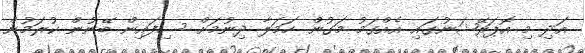
އަދި މި އޮޕަރޭޝަނުގައި އެއްގަމު މަގުން ހަމަލާ ދިނުމަށް ސިފައިން ބޭނުން ކުރަމުން